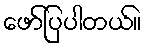
ဖော်ပြပါတယ်။